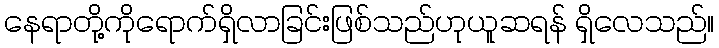
နေရာတို့ကိုရောက်ရှိလာခြင်းဖြစ်သည်ဟုယူဆရန် ရှိလေသည်။